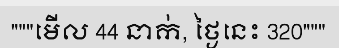
"""មើល 44 នាក់, ថ្ងៃនេះ 320"""